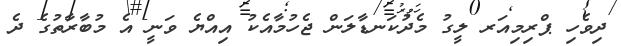
ދިވެހި ޕްރިމިއަރ ލީގު މެދުކަނޑާލަން ޖެހުމާއެކު އިއްޔެ ވަނީ އެ މުބާރާތުގެ ދެ